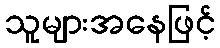
သူများအနေဖြင့်